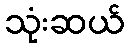
သုံးဆယ်